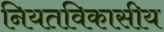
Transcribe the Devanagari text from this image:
नियतविकासीय